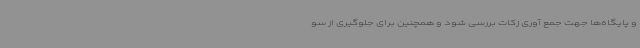
و پایگاه‌ها جهت جمع آوری زکات بررسی شود و همچنین برای جلوگیری از سو